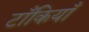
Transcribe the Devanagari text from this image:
टाँकियाँ